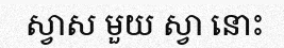
ស្វាស មួយ ស្វា នោះ